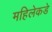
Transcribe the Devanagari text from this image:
महिलेकडे